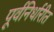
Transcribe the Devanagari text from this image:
पूर्वनिर्धारीत